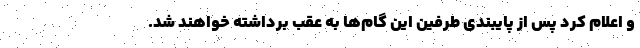
و اعلام کرد پس از پایبندی طرفین این گام‌ها به عقب برداشته خواهند شد.